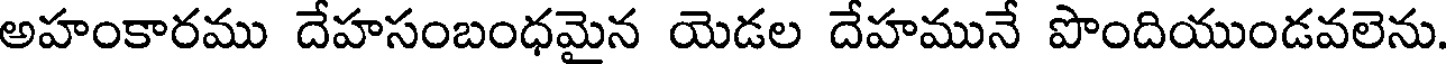
అహంకారము దేహసంబంధమైన యెడల దేహమునే పొందియుండవలెను